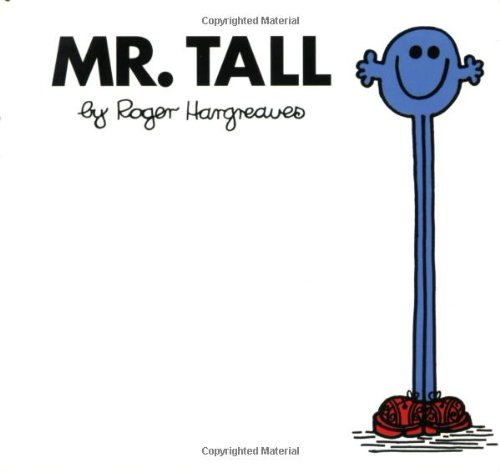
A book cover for Mr. Tall (Mr. Men and Little Miss); Roger Hargreaves; Health, Fitness & Dieting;